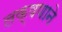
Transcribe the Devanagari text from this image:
लक्षणाने